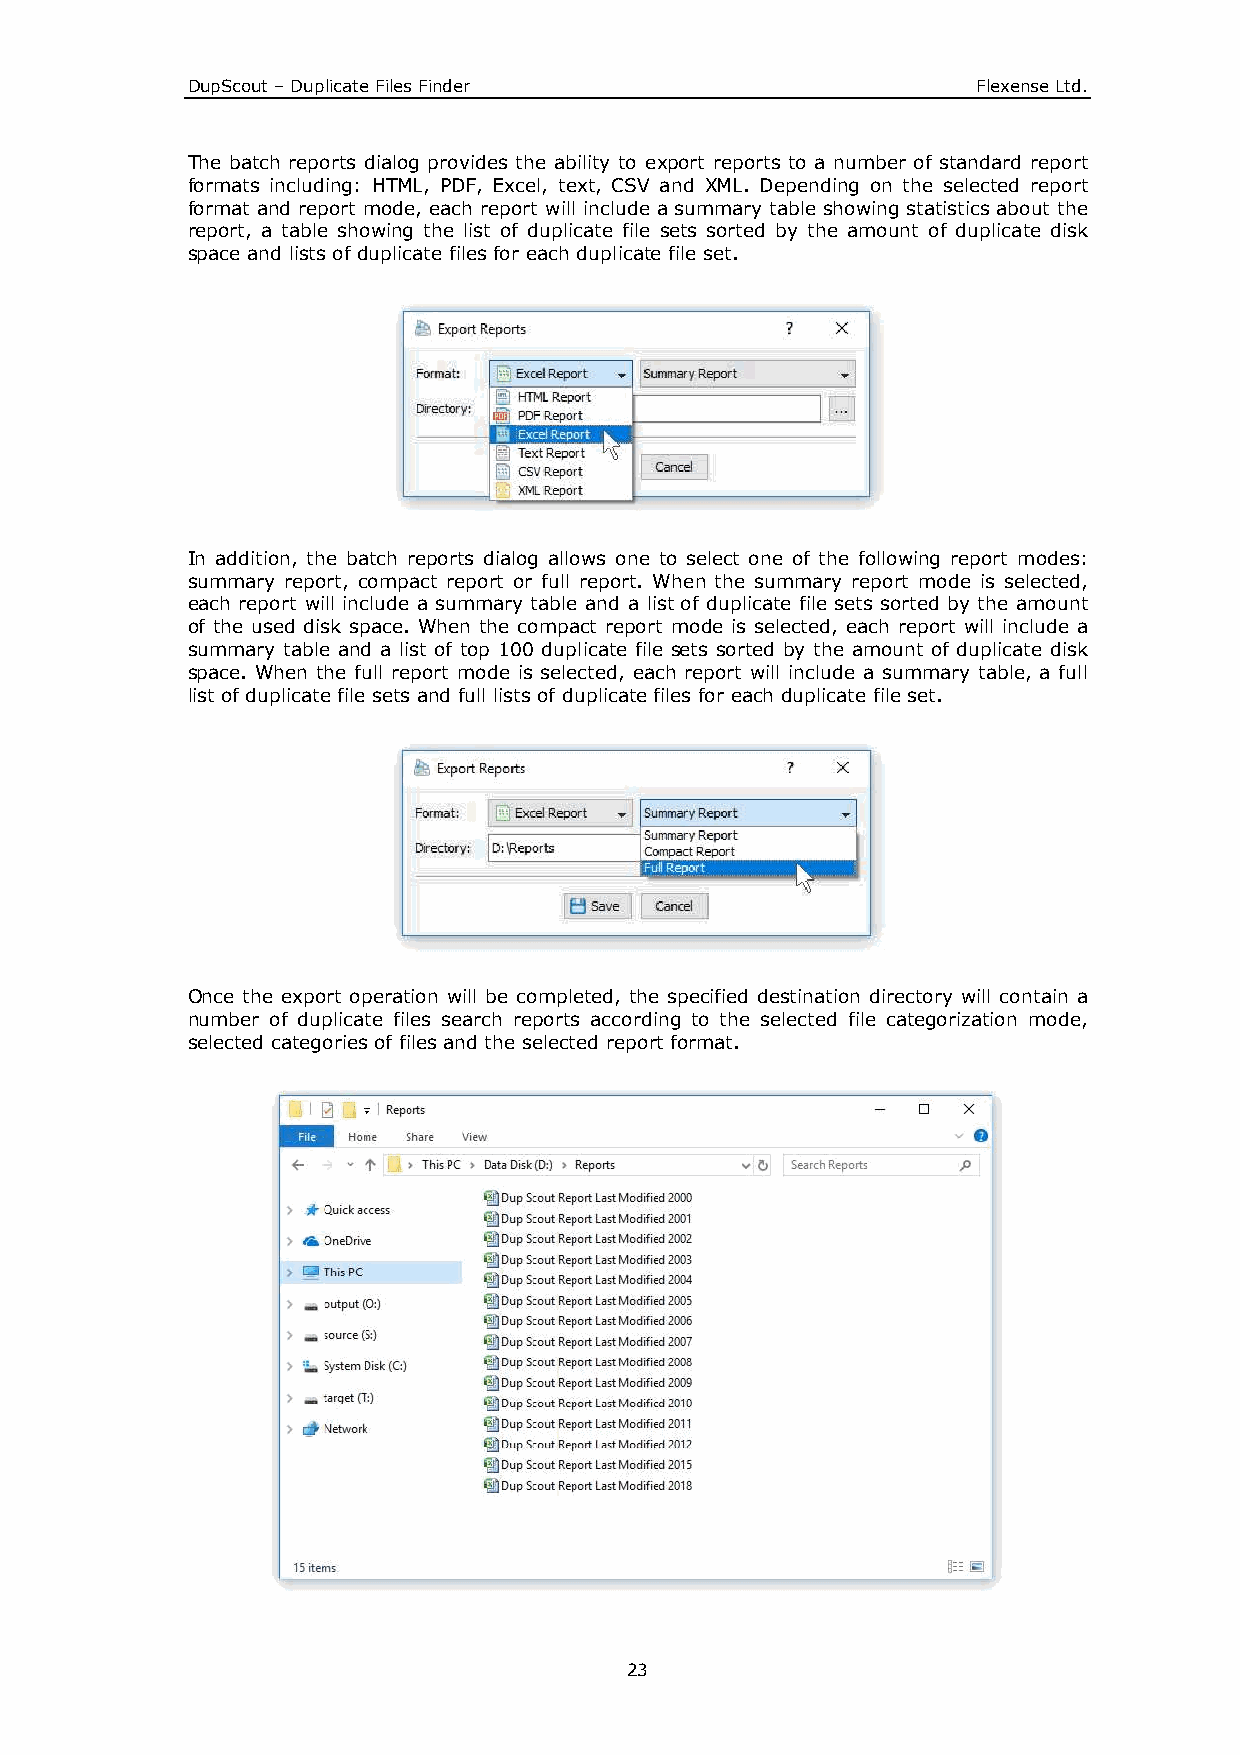
DupScout – Duplicate Files Finder                    Flexense Ltd.
 The batch reports dialog provides the ability to export reports to a number of standard report
 formats including: HTML, PDF, Excel, text, CSV and XML. Depending on the selected report
 format and report mode, each report will include a summary table showing statistics about the
 report, a table showing the list of duplicate file sets sorted by the amount of duplicate disk
 space and lists of duplicate files for each duplicate file set.
 In addition, the batch reports dialog allows one to select one of the following report modes:
 summary report, compact report or full report. When the summary report mode is selected,
 each report will include a summary table and a list of duplicate file sets sorted by the amount
 of the used disk space. When the compact report mode is selected, each report will include a
 summary table and a list of top 100 duplicate file sets sorted by the amount of duplicate disk
 space. When the full report mode is selected, each report will include a summary table, a full
 list of duplicate file sets and full lists of duplicate files for each duplicate file set.
 Once the export operation will be completed, the specified destination directory will contain a
 number of duplicate files search reports according to the selected file categorization mode,
 selected categories of files and the selected report format.
 23